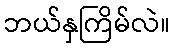
ဘယ်နှကြိမ်လဲ။